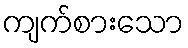
ကျက်စားသော